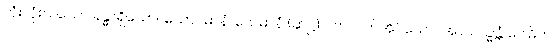
တုံးလုံးလဲသော ခန္ဓာရှိသော။ သောပ္ပမာနံ၊ သေမာနံ (ဆဋ္ဌ) ပက်လက်အိပ်သော။ အာယသ္မန္တံ ဂေါဓိက၊